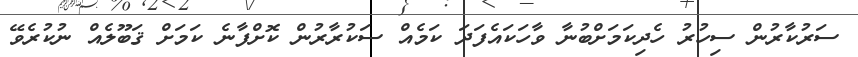
ސަރުކާރުން ސިހުރު ހެދިކަމަށްބުނާ ވާހަކައެފަދަ ކަމެއް ސަކުރާރުން ކޮށްފާނެ ކަމަށް ޤަބޫލެއް ނުކުރެވޭ